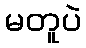
မတူပဲ